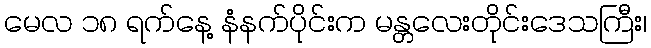
မေလ ၁၈ ရက်နေ့ နံနက်ပိုင်းက မန္တလေးတိုင်းဒေသကြီး၊